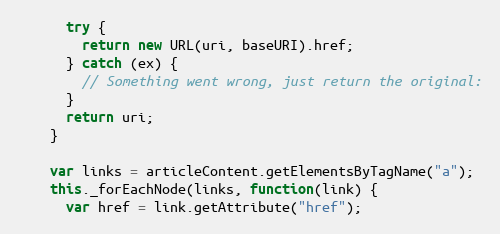
Language: JavaScript
      try {
        return new URL(uri, baseURI).href;
      } catch (ex) {
        // Something went wrong, just return the original:
      }
      return uri;
    }

    var links = articleContent.getElementsByTagName("a");
    this._forEachNode(links, function(link) {
      var href = link.getAttribute("href");